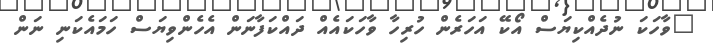
"ވާހަކަ ނުދެއްކިޔަސް އޯކޭ އަހަރެން ހުރިހާ ވާހަކައެއް ދައްކަފާނަން އެހެންވިޔަސް ހަމައެކަނި ނަން